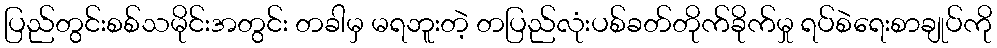
ပြည်တွင်းစစ်သမိုင်းအတွင်း တခါမှ မရဘူးတဲ့ တပြည်လုံးပစ်ခတ်တိုက်ခိုက်မှု ရပ်စဲရေးစာချုပ်ကို